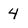
Character: 4